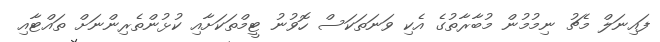
ފައިނަލް މެޗު ނިމުމުން މުބާރާތުގެ އެކި ވަނަތަކަސް ހޮވުނު ޓީމްތަކަށާއި ކުޅުންތެރިންނަށް ތައްޓާއި